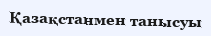
Қазақстанмен танысуы